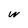
Character: w